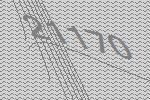
21170